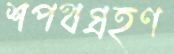
শপথগ্রহণ